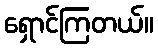
ရှောင်ကြတယ်။